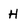
Character: H